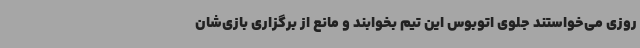
روزی می‌خواستند جلوی اتوبوس این تیم بخوابند و مانع از برگزاری بازی‌شان